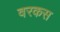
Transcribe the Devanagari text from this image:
वरकस